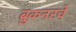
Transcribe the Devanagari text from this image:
ब्रुकनरचे